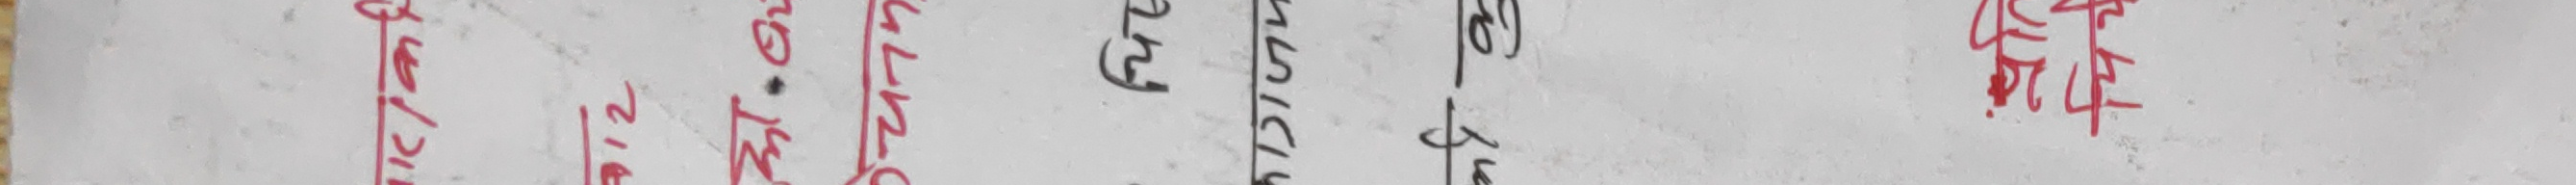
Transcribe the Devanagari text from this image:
प्रिन्टेड मेट्ने काट्ने जोड्ने हाल्ने